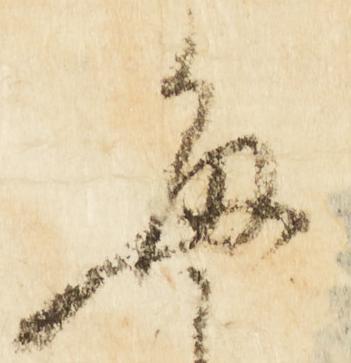
毎